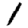
Digit: 1